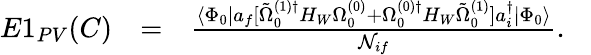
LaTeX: \begin{array}{rlr}{E1_{PV}(C)}&{=}&{\frac{\langle\Phi_{0}|a_{f}[\tilde{\Omega}_{0}^{(1)\dagger}H_{W}\Omega_{0}^{(0)}+\Omega_{0}^{(0)\dagger}H_{W}\tilde{\Omega}_{0}^{(1)}]a_{i}^{\dagger}|\Phi_{0}\rangle}{{\cal N}_{if}}.\ \ \ }\end{array}